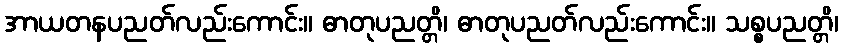
အာယတနပညတ်လည်းကောင်း။ ဓာတုပညတ္တိ၊ ဓာတုပညတ်လည်းကောင်း။ သစ္စပညတ္တိ၊